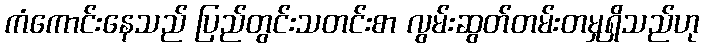
ကံကောင်းနေသည် ပြည်တွင်းသတင်းစာ လွမ်းဆွတ်တမ်းတမှုရှိသည်ဟု